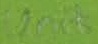
Text: Unit